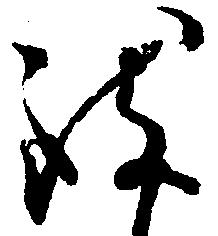
致